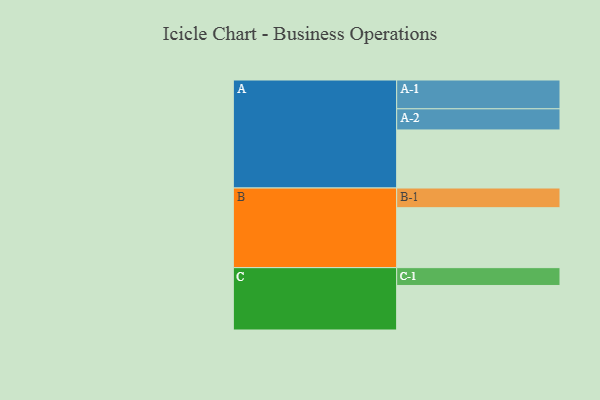
{"axis": {"x": "Segment", "y": "Value"}, "legend": ["", "A", "B", "C"], "data": [{"x": "A", "y": 407, "type": ""}, {"x": "B", "y": 420, "type": ""}, {"x": "C", "y": 312, "type": ""}, {"x": "A-1", "y": 202, "type": "A"}, {"x": "A-2", "y": 148, "type": "A"}, {"x": "B-1", "y": 138, "type": "B"}, {"x": "C-1", "y": 125, "type": "C"}]}